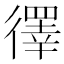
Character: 𪫙